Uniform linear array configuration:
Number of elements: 12
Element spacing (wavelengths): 0.5
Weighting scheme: exponential
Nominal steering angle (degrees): -30
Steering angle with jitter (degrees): -29.475
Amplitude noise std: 0.05
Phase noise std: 0.05

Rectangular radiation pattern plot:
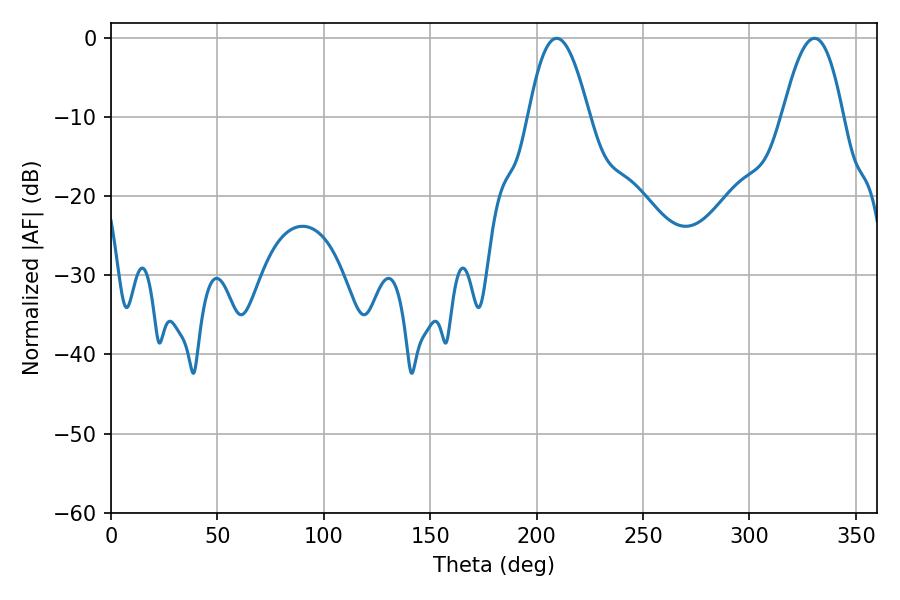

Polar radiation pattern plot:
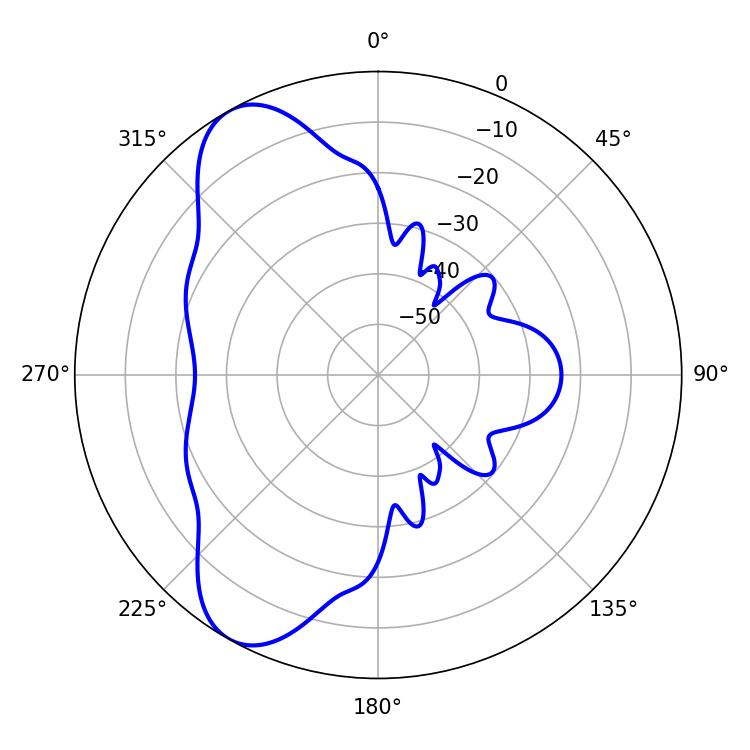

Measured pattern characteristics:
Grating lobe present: FALSE
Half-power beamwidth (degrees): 15.48
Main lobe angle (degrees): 209.34